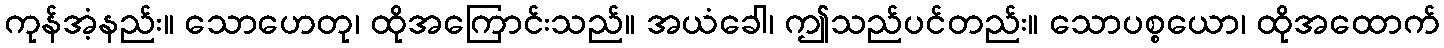
ကုန်အံ့နည်း။ သောဟေတု၊ ထိုအကြောင်းသည်။ အယံခေါ၊ ဤသည်ပင်တည်း။ သောပစ္စယော၊ ထိုအထောက်